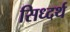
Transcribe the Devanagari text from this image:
सिध्दर्थ